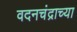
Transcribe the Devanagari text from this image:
वदनचंद्राच्या